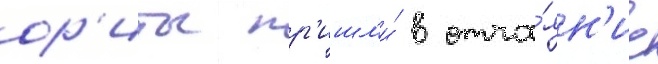
ор'иты пр'ишл'и́ в отча́ян'ие